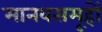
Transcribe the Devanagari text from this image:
मानवसमूहों